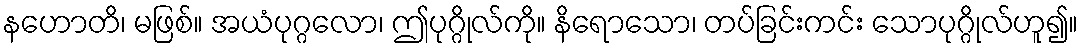
နဟောတိ၊ မဖြစ်။ အယံပုဂ္ဂလော၊ ဤပုဂ္ဂိုလ်ကို။ နိရောသော၊ တပ်ခြင်းကင်း သောပုဂ္ဂိုလ်ဟူ၍။